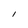
Character: l